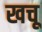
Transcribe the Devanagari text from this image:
खचू